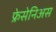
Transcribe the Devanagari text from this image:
फ्रेसेनिअस